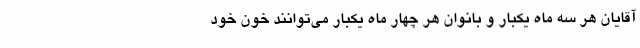
آقایان هر سه ماه یکبار و بانوان هر چهار ماه یکبار می‌توانند خون خود